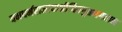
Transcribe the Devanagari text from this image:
यमधर्मराजायाश्रीचित्रगुप्तभगवान